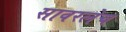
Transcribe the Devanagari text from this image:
सावरलेच